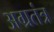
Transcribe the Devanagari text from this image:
अग्रतंत्र